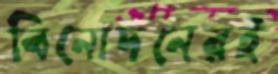
বিনোদনেরই